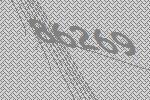
86269